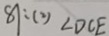
8 1 : ( 2 ) \angle D C E